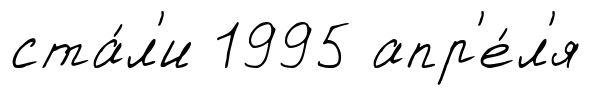
ста́л'и 1995 апр'е́л'я